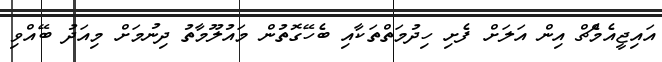
އައިޖީއެމްެޗް އިން އަލަށް ފެށި ހިދުމަތްތަކާއި ބެހޭގޮތުން މައުލޫމާތު ދިނުމަށް މިއަދު ބޭއްވި